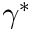
\gamma ^ { * }